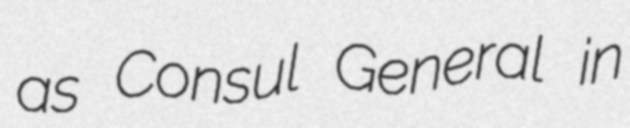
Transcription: as Consul General in